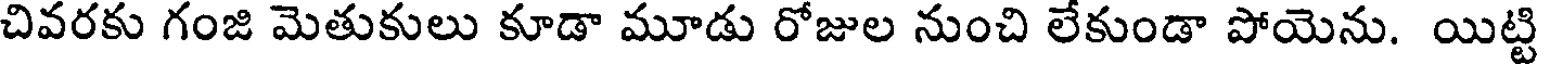
చివరకు గంజి మెతుకులు కూడా మూడు రోజుల నుంచి లేకుండా పోయెను. యిట్టి